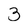
Character: 3